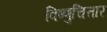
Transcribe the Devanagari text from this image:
विष्णुचित्तार